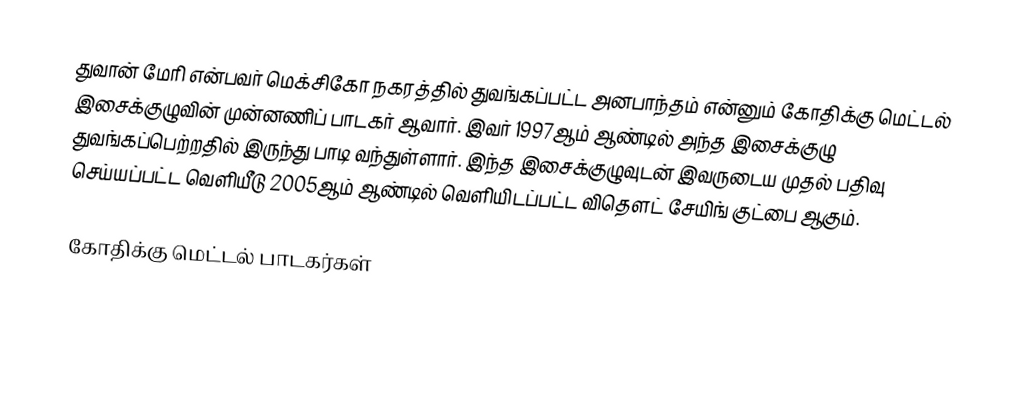
துவான் மேரி என்பவர் மெக்சிகோ நகரத்தில் துவங்கப்பட்ட அனபாந்தம் என்னும் கோதிக்கு மெட்டல் இசைக்குழுவின் முன்னணிப் பாடகர் ஆவார். இவர் 1997ஆம் ஆண்டில் அந்த இசைக்குழு துவங்கப்பெற்றதில் இருந்து பாடி வந்துள்ளார். இந்த இசைக்குழுவுடன் இவருடைய முதல் பதிவு செய்யப்பட்ட வெளியீடு 2005ஆம் ஆண்டில் வெளியிடப்பட்ட விதௌட் சேயிங் குட்பை ஆகும்.

கோதிக்கு மெட்டல் பாடகர்கள்